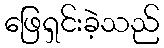
ဖြေရှင်းခဲ့သည်